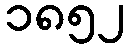
၁၈၅၂